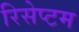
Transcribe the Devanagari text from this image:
रिसेप्टम